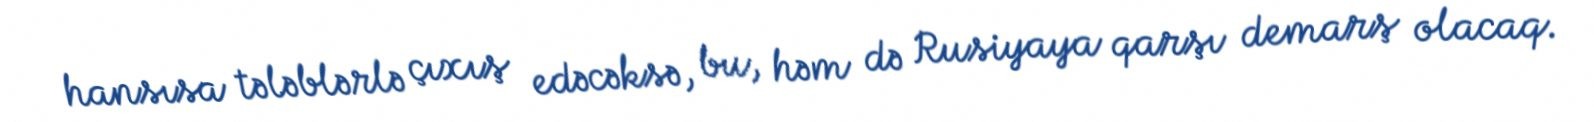
hansısa tələblərlə çıxış edəcəksə, bu, həm də Rusiyaya qarşı demarş olacaq.